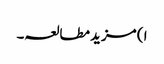
ا ) مزید مطالعہ۔